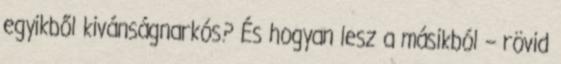
egyikből kivánságnarkós? És hogyan lesz a másikból – rövid